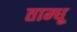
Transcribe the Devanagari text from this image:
ताम्धू